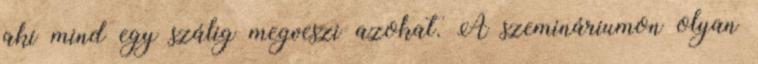
aki mind egy szálig megveszi azokat. A szemináriumon olyan